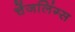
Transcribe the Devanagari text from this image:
चेंजलिंग्स